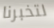
لتخبرنا